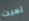
تعبت